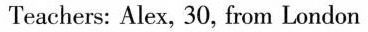
Teachers: Alex, 30, from London